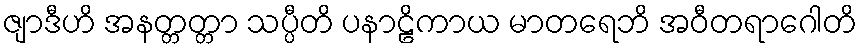
ဇျာဒီဟိ အနတ္တတ္တာ သပ္ပီတိ ပနာဠိကာယ မာတရေဘိ အဝီတရာဂေါတိ